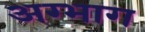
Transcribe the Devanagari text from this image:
अग्भाग